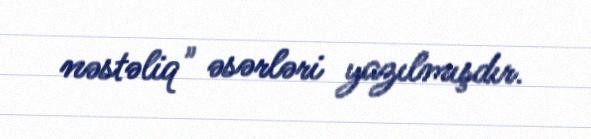
nəstəliq" əsərləri yazılmışdır.